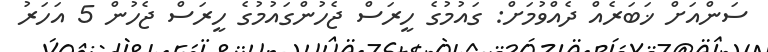
ސަންއަށް ޚަބަރެއް ދެއްވުމަށް: ގައުމުގެ ހީރަސް ޖެހުންގައުމުގެ ހީރަސް ޖެހުން 5 އަހަރު